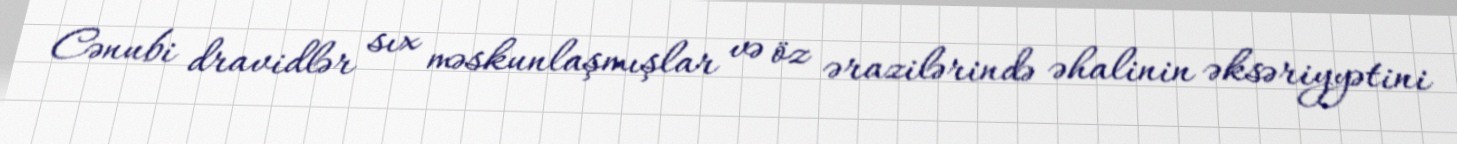
Cənubi dravidlər sıx məskunlaşmışlar və öz ərazilərində əhalinin əksəriyyətini